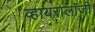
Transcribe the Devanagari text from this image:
व्हायरालॉजी